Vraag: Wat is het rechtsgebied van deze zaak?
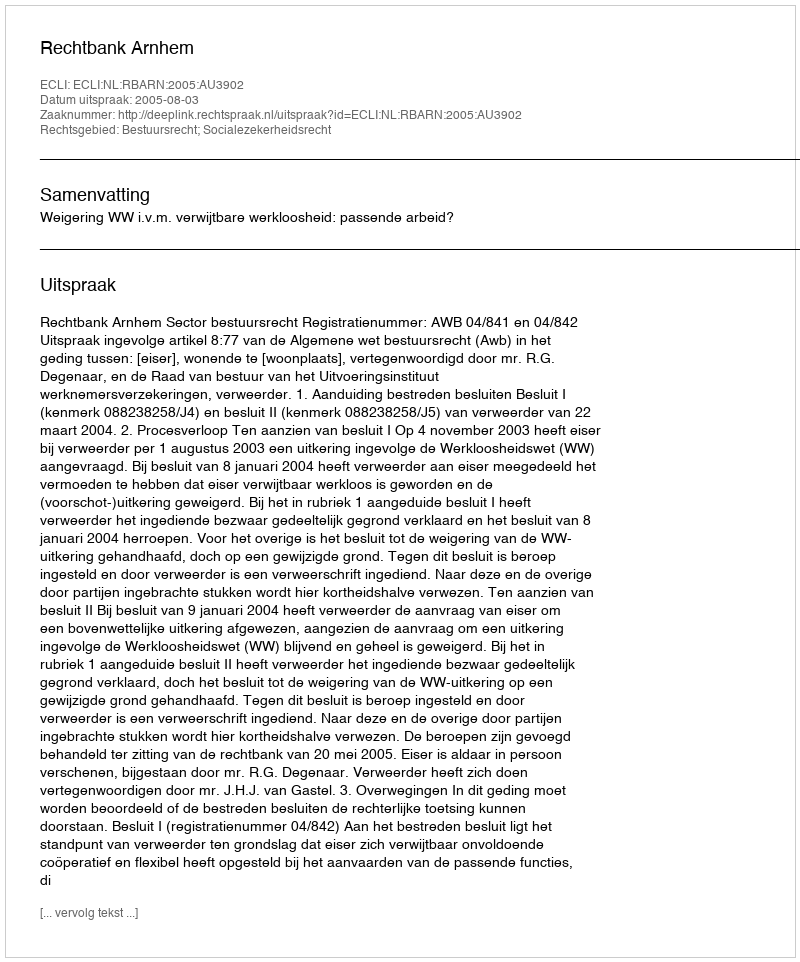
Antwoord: Bestuursrecht; Socialezekerheidsrecht